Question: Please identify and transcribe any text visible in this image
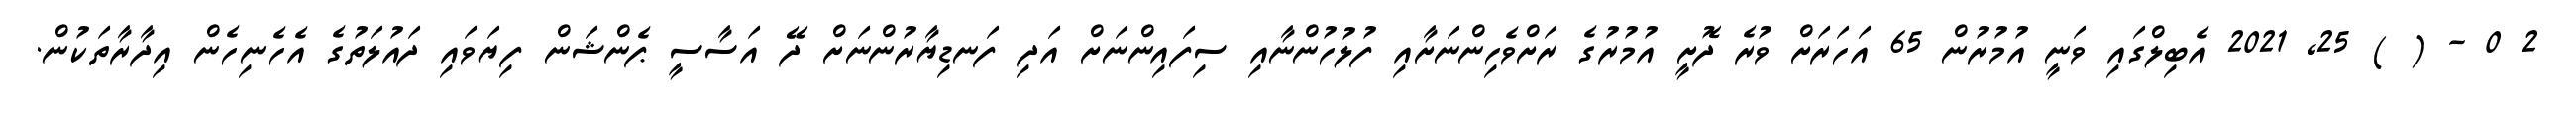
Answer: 2 0 - ( ) 25, 2021 އެބިލްގައި ވަނީ އުމުރުން 65 އަހަރަށް ވުރެ ދޮށީ އުމުރުގެ ރަށްވެހިންނަށާއި ފުލުހުންނާއި ސިފައިންނަށް އަދި ފަނޑިޔާރުންނަށް ދޭ އަސާސީ ޕެންޝަން ފިޔަވައި ދައުލަތުގެ އެހެނިހެން އިދާރާތަކުން.